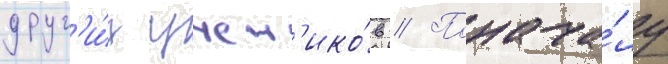
друг'и́х учен'ико́в // Понача́лу